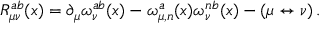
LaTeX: R _ { \mu \nu } ^ { a b } ( x ) = \partial _ { \mu } \omega _ { \nu } ^ { a b } ( x ) - \omega _ { \mu , n } ^ { a } ( x ) \omega _ { \nu } ^ { n b } ( x ) - ( \mu \leftrightarrow \nu ) \, .